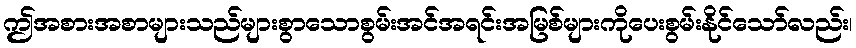
ဤအစားအစာများသည်များစွာသောစွမ်းအင်အရင်းအမြစ်များကိုပေးစွမ်းနိုင်သော်လည်း၊